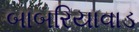
બાબરિયાવાડ